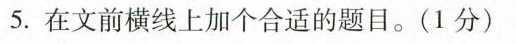
5.在文前横线上加个合适的题目。(1分)